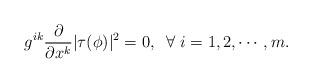
LaTeX: \begin{align*}g^{ik}\frac{\partial}{\partial x^k} |\tau(\phi)|^2=0, \;\; \forall\; i=1, 2, \cdots, m.\end{align*}